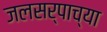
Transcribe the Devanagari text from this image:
जलसर्पाच्या